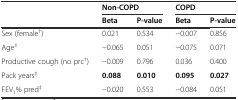
<table><thead><tr><td></td><td colspan="2"><b>Non-COPD</b></td><td colspan="2"><b>COPD</b></td></tr><tr><td></td><td><b>Beta</b></td><td><b>P-value</b></td><td><b>Beta</b></td><td><b>P-value</b></td></tr></thead><tbody><tr><td>Sex (female<sup>†</sup>)</td><td>0.021</td><td>0.534</td><td>−0.007</td><td>0.856</td></tr><tr><td>Age<sup>‡</sup></td><td>−0.065</td><td>0.051</td><td>−0.075</td><td>0.071</td></tr><tr><td>Productive cough (no prc<sup>†</sup>)</td><td>−0.009</td><td>0.796</td><td>0.036</td><td>0.400</td></tr><tr><td>Pack years<sup>‡</sup></td><td><b>0.088</b></td><td><b>0.010</b></td><td><b>0.095</b></td><td><b>0.027</b></td></tr><tr><td>FEV<sub>1</sub>% pred<sup>‡</sup></td><td>−0.020</td><td>0.553</td><td>−0.084</td><td>0.051</td></tr></tbody></table>